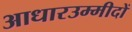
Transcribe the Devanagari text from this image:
आधारउम्मीदों